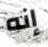
إنه